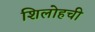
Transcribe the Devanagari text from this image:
शिलोहची